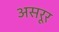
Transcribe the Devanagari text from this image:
असरूर